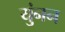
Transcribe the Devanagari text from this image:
युंनन